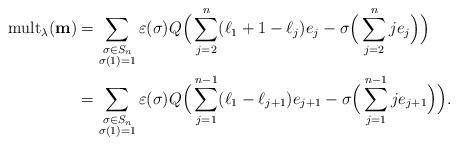
LaTeX: \begin{align*} {\rm mult}_\lambda(\mathbf{m})&=\sum_{\substack{\sigma\in S_n\\\sigma(1)=1}}\varepsilon(\sigma)Q\Big(\sum_{j=2}^n(\ell_1+1-\ell_j)e_j-\sigma\Big(\sum_{j=2}^nje_j\Big)\Big)\\ &=\sum_{\substack{\sigma\in S_n\\\sigma(1)=1}}\varepsilon(\sigma)Q\Big(\sum_{j=1}^{n-1}(\ell_1-\ell_{j+1})e_{j+1}-\sigma\Big(\sum_{j=1}^{n-1}je_{j+1}\Big)\Big).\end{align*}